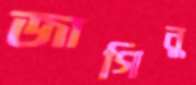
জাগিনু